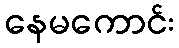
နေမကောင်း